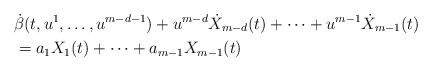
\begin{align*}&\dot{\beta}(t, u^{1}, \dotsc, u^{m-d-1}) + u^{m-d} \dot{X}_{m-d}(t) + \dotsb + u^{m-1} \dot{X}_{m-1}(t)\\&= a_{1} X_{1}(t) + \dotsb + a_{m-1} X_{m-1}(t)\end{align*}